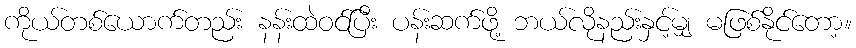
ကိုယ်တစ်ယောက်တည်း နန်းထဲဝင်ပြီး ပန်းဆက်ဖို့ ဘယ်လိုနည်းနှင့်မျှ မဖြစ်နိုင်တော့။